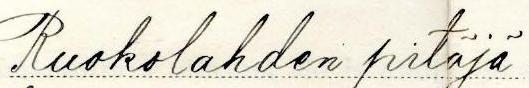
Ruokolahden pitäjä